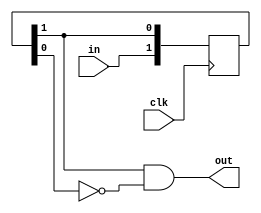
/*
	signal_shortener: shortens signal from in such that it is high only for
                      a clock and synchronized with clk.
*/
module signal_shortener(input clk,
                        input in,
                        output out);
    
    reg [1:0] shift_2;
    
    initial shift_2 = 2'b00;
    
    // shift_2 is a shift register that keeps
    // the last two values of in
    always @(posedge clk)
        shift_2 <= {in, shift_2[1]};
    
    // out is high during in posedge
    assign out = shift_2[1] && ~shift_2[0];
    
endmodule